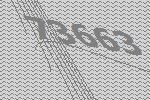
73663